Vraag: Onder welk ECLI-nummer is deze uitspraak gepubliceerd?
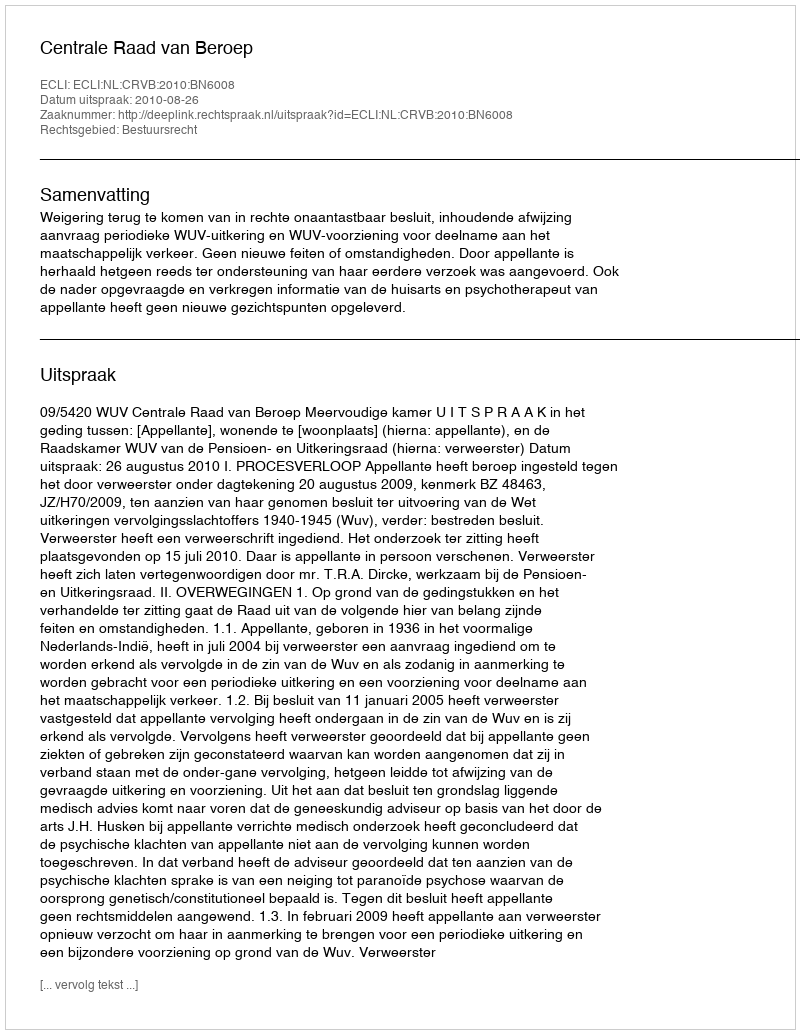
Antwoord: ECLI:NL:CRVB:2010:BN6008